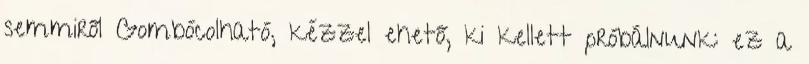
semmiről Gombócolható, kézzel ehető, ki kellett próbálnunk: ez a